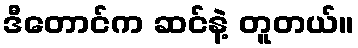
ဒီတောင်က ဆင်နဲ့ တူတယ်။